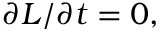
\partial L / \partial t = 0 ,